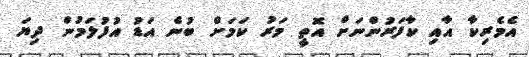
އެމެރިކާ އާއި ކާފަރުންނަށް އޮތީ މަރު ކަމަށް ބުނެ އަޑު އުފުލަމުން ދިޔަ